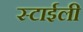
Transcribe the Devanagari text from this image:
स्टाईली